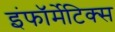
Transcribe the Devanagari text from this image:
इंफॉर्मेटिक्स